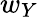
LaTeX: w_{Y}